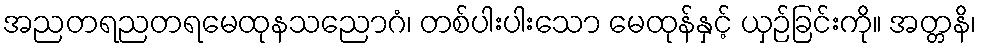
အညတရညတရမေထုနသညောဂံ၊ တစ်ပါးပါးသော မေထုန်နှင့် ယှဉ်ခြင်းကို။ အတ္တနိ၊